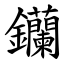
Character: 钄